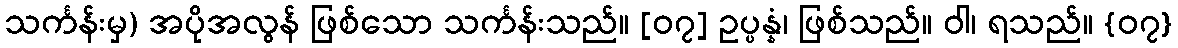
သင်္ကန်းမှ) အပိုအလွန် ဖြစ်သော သင်္ကန်းသည်။ [၀၇] ဥပ္ပန္နံ၊ ဖြစ်သည်။ ဝါ၊ ရသည်။ {၀၇}